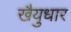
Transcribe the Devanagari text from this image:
खैयुधार